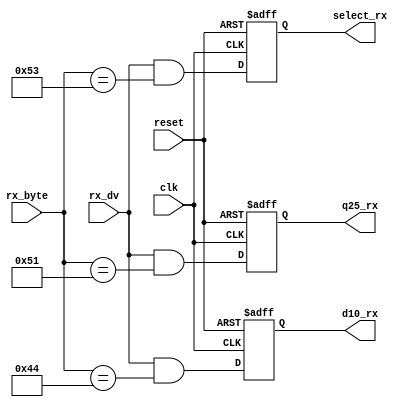
`timescale 1ns / 1ps

module rx_parse(
   input clk,
   input reset, 
   input rx_dv,
   input [7:0] rx_byte, 
   output reg select_rx, 
   output reg q25_rx, 
   output reg d10_rx
   );

    always @(posedge clk or posedge reset)
    begin
        if (reset) begin
            select_rx <= 0;
            q25_rx <= 0;
            d10_rx <= 0;
        end else begin
            select_rx <= (rx_dv && rx_byte == 8'h53);  // capital S
            q25_rx <= (rx_dv && rx_byte == 8'h51);   // captial Q
            d10_rx <= (rx_dv && rx_byte == 8'h44);   // capital D
        end
    end

endmodule